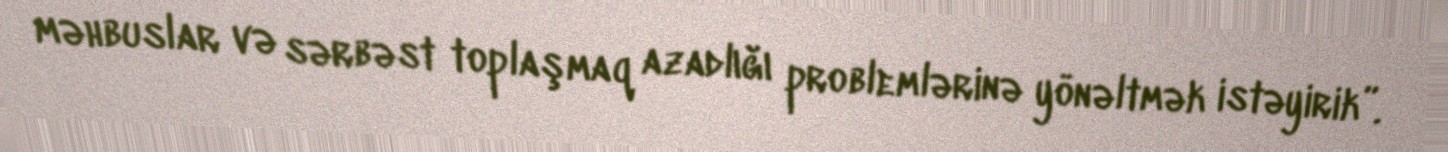
məhbuslar və sərbəst toplaşmaq azadlığı problemlərinə yönəltmək istəyirik”.